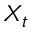
X _ { t }